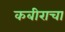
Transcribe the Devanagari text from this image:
कबीराचा